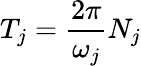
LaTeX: T_{j}=\frac{2\pi}{\omega_{j}}N_{j}